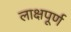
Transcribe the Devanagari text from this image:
लाक्षपूर्ण